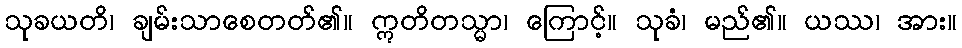
သုခယတိ၊ ချမ်းသာစေတတ်၏။ ဣတိတသ္မာ၊ ကြောင့်။ သုခံ၊ မည်၏။ ယဿ၊ အား။